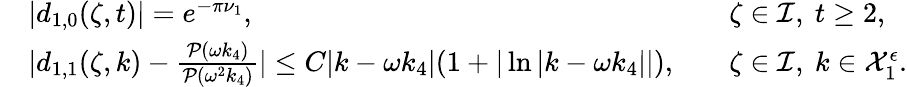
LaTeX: \begin{array}{rlrl}&{|d_{1,0}(\zeta,t)|=e^{-\pi\nu_{1}},}&&{\zeta\in\mathcal{I},\ t\geq 2,}\\ &{|d_{1,1}(\zeta,k)-\frac{\mathcal{P}(\omega k_{4})}{\mathcal{P}(\omega^{2}k_{4})}|\leq C|k-\omega k_{4}|(1+|\ln|k-\omega k_{4}||),}&&{\zeta\in\mathcal{I},\ k\in\mathcal{X}_{1}^{\epsilon}.}\end{array}